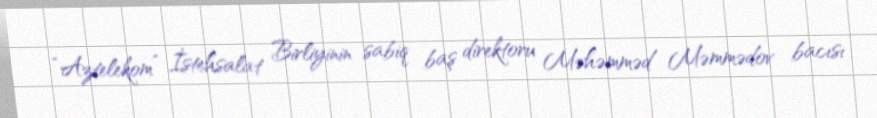
“Aztelekom” İstehsalat Birliyinin sabiq baş direktoru Məhəmməd Məmmədov bacısı